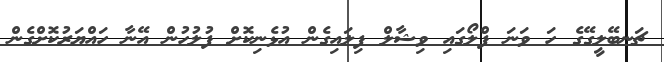
ޗަނބޭލީގޭގެ ހަ ވަނަ ފްލޯގައި ވިޝާލް ފިލައިގެން އުޅެނިކޮށް ފުލުހުން އޭނާ ހައްޔަރުކޮށްގެން